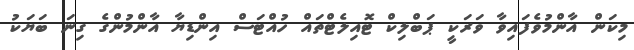
މިކަން އާންމުވެފައިވާ ވަރަކީ ޕަބްލިކް ޓޮއިލެޓްތައް ހުއްޓަސް އިންޑިޔާ އާންމުންގެ ގިނަ ބަޔަކު